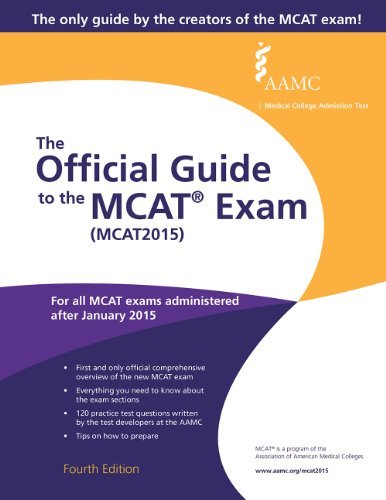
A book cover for The Official Guide to the MCAT Exam (MCAT2015); Association of American Medical Colleges; Test Preparation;